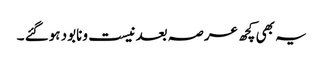
یہ بھی کچھ عرصہ بعد نیست ونابود ہوگئے ۔